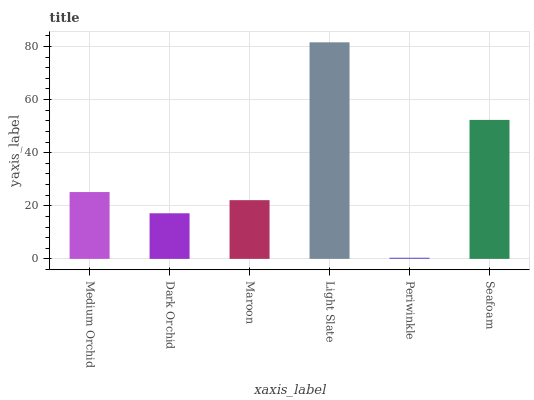
| xaxis_label | bars |
 | --- | --- |
 | Medium Orchid | 25.2 |
 | Dark Orchid | 17.2 |
 | Maroon | 22.1 |
 | Light Slate | 81.6 |
 | Periwinkle | 0.439 |
 | Seafoam | 52.4 |